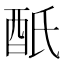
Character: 𨟾